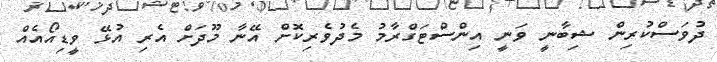
ދުވަސްކުރިން ޝިބާނީ ވަނީ އިންސްޓަގްރާމު މެދުވެރިކޮށް އޭނާ މޫދަށް އެރި އުޅޭ ވީޑިއޯއެއް